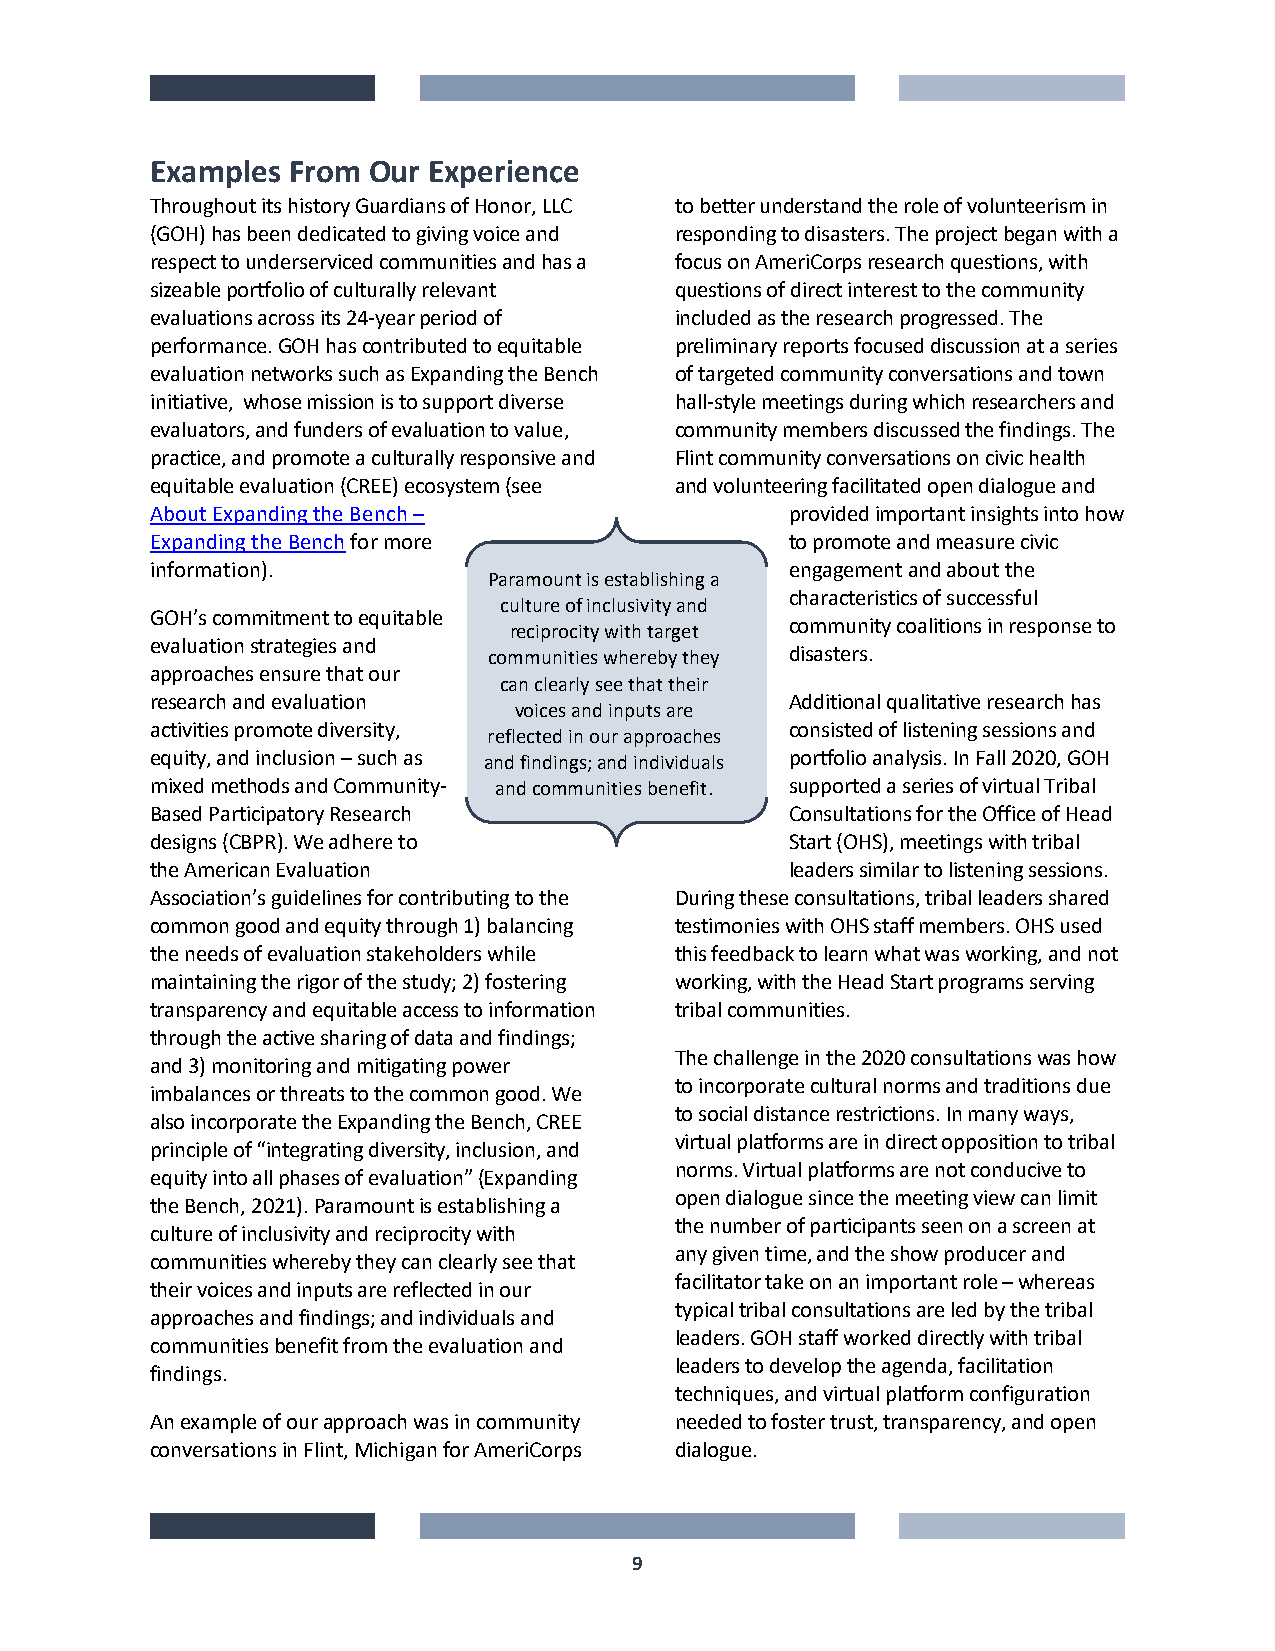
Examples From Our Experience
 Throughout its history Guardians of Honor, LLC to better understand the role of volunteerism in
 (GOH) has been dedicated to giving voice and responding to disasters. The project began with a
 respect to underserviced communities and has a focus on AmeriCorps research questions, with
 sizeable portfolio of culturally relevant questions of direct interest to the community
 evaluations across its 24-year period of included as the research progressed. The
 performance. GOH has contributed to equitable preliminary reports focused discussion at a series
 evaluation networks such as Expanding the Bench of targeted community conversations and town
 initiative, whose mission is to support diverse hall-style meetings during which researchers and
 evaluators, and funders of evaluation to value, community members discussed the findings. The
 practice, and promote a culturally responsive and Flint community conversations on civic health
 equitable evaluation (CREE) ecosystem (see and volunteering facilitated open dialogue and
 About Expanding the Bench –               provided important insights into how
 Expanding the Bench for more              to promote and measure civic
 information).                             engagement and about the
 Paramount is establishing a
 characteristics of successful
 culture of inclusivity and
 GOH’s commitment to equitable
 community coalitions in response to
 reciprocity with target
 evaluation strategies and
 communities whereby they disasters.
 approaches ensure that our
 can clearly see that their
 research and evaluation                   Additional qualitative research has
 voices and inputs are
 activities promote diversity,             consisted of listening sessions and
 reflected in our approaches
 equity, and inclusion – such as and findings; and individuals portfolio analysis. In Fall 2020, GOH
 mixed methods and Community- and communities benefit. supported a series of virtual Tribal
 Based Participatory Research              Consultations for the Office of Head
 designs (CBPR). We adhere to              Start (OHS), meetings with tribal
 the American Evaluation                   leaders similar to listening sessions.
 Association’s guidelines for contributing to the During these consultations, tribal leaders shared
 common good and equity through 1) balancing testimonies with OHS staff members. OHS used
 the needs of evaluation stakeholders while this feedback to learn what was working, and not
 maintaining the rigor of the study; 2) fostering working, with the Head Start programs serving
 transparency and equitable access to information tribal communities.
 through the active sharing of data and findings;
 The challenge in the 2020 consultations was how
 and 3) monitoring and mitigating power
 to incorporate cultural norms and traditions due
 imbalances or threats to the common good. We
 to social distance restrictions. In many ways,
 also incorporate the Expanding the Bench, CREE
 virtual platforms are in direct opposition to tribal
 principle of “integrating diversity, inclusion, and
 norms. Virtual platforms are not conducive to
 equity into all phases of evaluation” (Expanding
 open dialogue since the meeting view can limit
 the Bench, 2021). Paramount is establishing a
 the number of participants seen on a screen at
 culture of inclusivity and reciprocity with
 any given time, and the show producer and
 communities whereby they can clearly see that
 facilitator take on an important role – whereas
 their voices and inputs are reflected in our
 typical tribal consultations are led by the tribal
 approaches and findings; and individuals and
 leaders. GOH staff worked directly with tribal
 communities benefit from the evaluation and
 leaders to develop the agenda, facilitation
 findings.
 techniques, and virtual platform configuration
 An example of our approach was in community needed to foster trust, transparency, and open
 conversations in Flint, Michigan for AmeriCorps dialogue.
 9